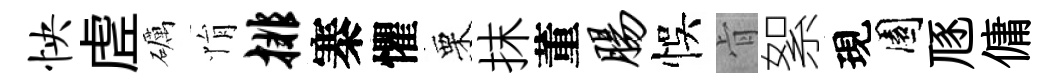
怏虗礪悁排寨懼栗抹董肠悞肻絮現園豗傭